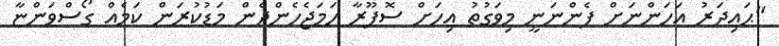
"ޙައިދަރު އަހަންނަށް ފެންނަނީ މިވަގުތު އިހަށް ސޮފޫރާ ހަމަޖެހެންދެން މަޑުކުރަން ކަމެއް ގޯސްވަންޏާ